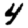
Digit: 4